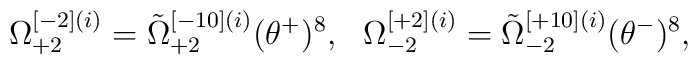
\Omega^{[-2](i)}_{+2}=\tilde \Omega^{[-10](i)}_{+2}(\theta^+)^8,\ \ \Omega^{[+2](i)}_{-2}=\tilde \Omega^{[+10](i)}_{-2}(\theta^-)^8,